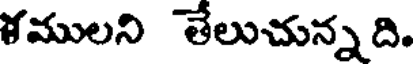
ళములని తేలుచున్న ది.